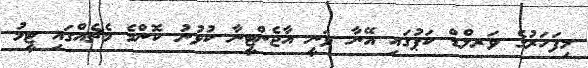
މިފަހަރުގެ ވަރލްޑް ކަޕުގައި އޭނާ ވަނީ އާޖެންޓީނާ ކުޅުނު ކޮންމެ މެޗެއްގައި ޓީމު